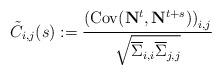
LaTeX: \begin{align*}\tilde{C}_{i,j}(s) := \frac{ \left( \mathrm{Cov} (\mathbf{N}^t, \mathbf{N}^{t+s}) \right)_{i,j} }{\sqrt{ \overline{\Sigma}_{i,i} \overline{\Sigma}_{j,j} }}\end{align*}